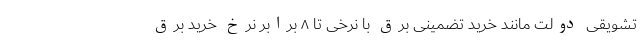
تشویقی دولت مانند خرید تضمینی برق با نرخی تا ۸ برابر نرخ خرید برق